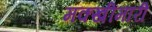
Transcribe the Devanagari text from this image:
मक्खीमारी